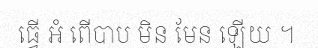
ធ្វើ ឣំ ពើបាប មិន មែន ឡើយ ។